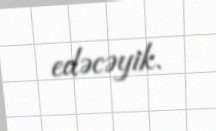
edəcəyik.